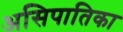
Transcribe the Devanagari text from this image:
असिपातिका